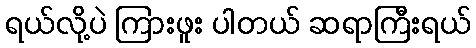
ရယ်လို့ပဲ ကြားဖူး ပါတယ် ဆရာကြီးရယ်